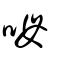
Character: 呣